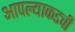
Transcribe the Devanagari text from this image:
आपल्याकडची